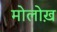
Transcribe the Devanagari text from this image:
मोलोख़